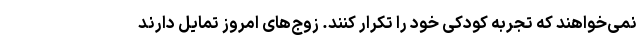
نمی‌خواهند که تجربه کودکی خود را تکرار کنند. زوج‌های امروز تمایل دارند